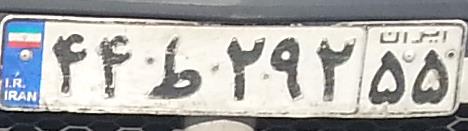
۴۴ط۲۹۲۵۵